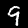
Label: 9